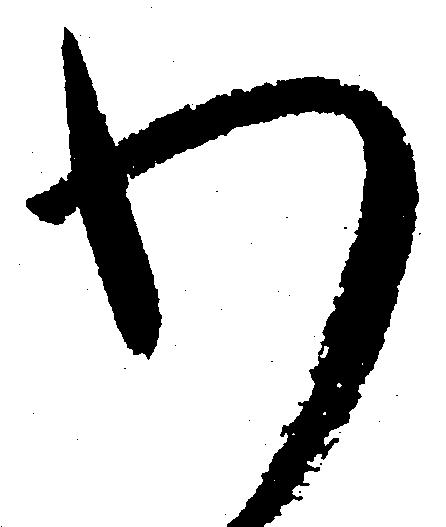
わ